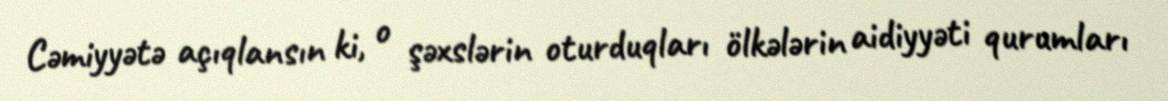
Cəmiyyətə açıqlansın ki, o şəxslərin oturduqları ölkələrin aidiyyəti qurumları